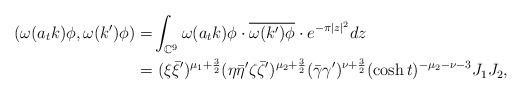
\begin{align*}(\omega(a_tk)\phi, \omega(k')\phi) =&\int_{\mathbb{C}^9}\omega(a_tk)\phi\cdot\overline{\omega(k')\phi}\cdot e^{-\pi |z|^2}dz\\=&~(\xi\bar{\xi}')^{\mu_1+\frac{3}{2}}(\eta\bar{\eta}'\zeta\bar{\zeta}')^{\mu_2+\frac{3}{2}}(\bar{\gamma}\gamma')^{\nu+\frac{3}{2}}(\cosh t)^{-\mu_2-\nu-3} J_1 J_2,\end{align*}